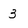
Character: 3